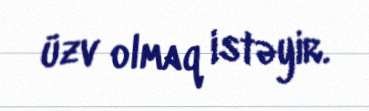
üzv olmaq istəyir.